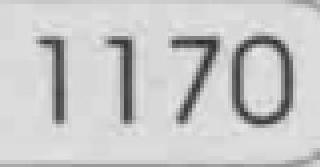
1170